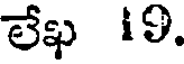
లేఖ 19.